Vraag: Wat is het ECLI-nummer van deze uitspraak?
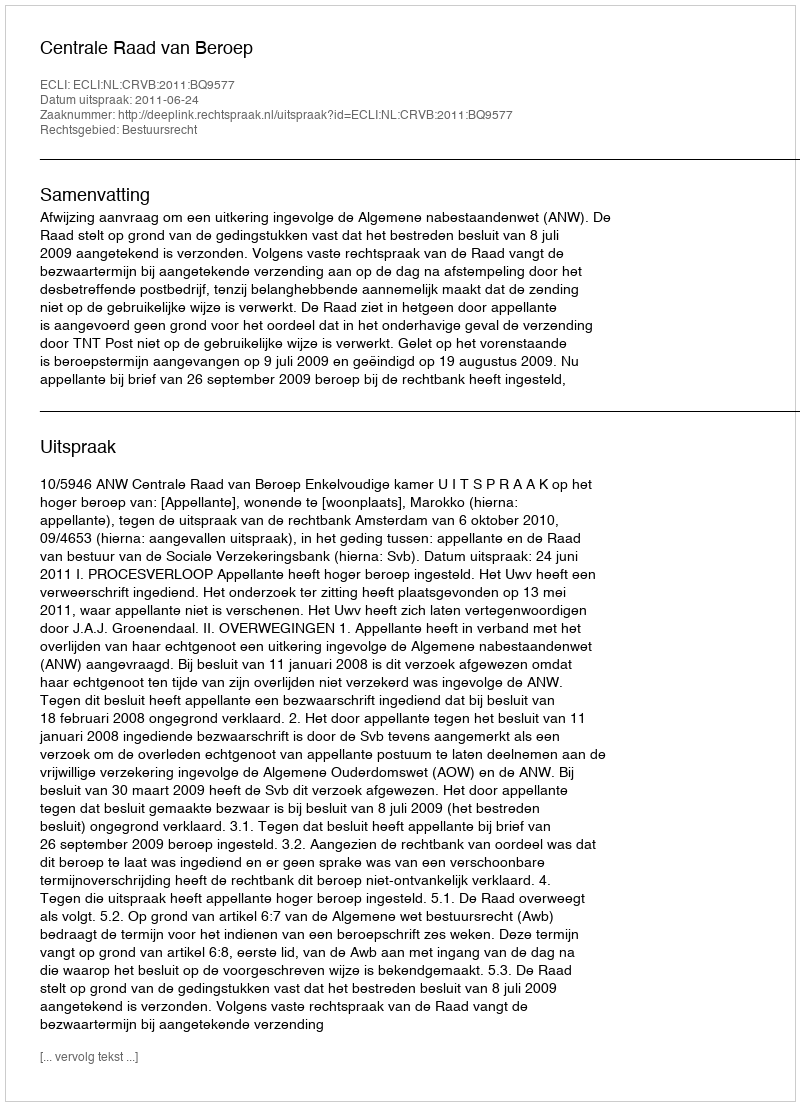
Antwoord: ECLI:NL:CRVB:2011:BQ9577